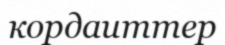
кордаиттер